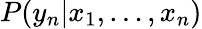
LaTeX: P(y_{n}{\mid}x_{1},\dots,x_{n})